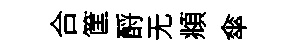
合筐酹无頫傘